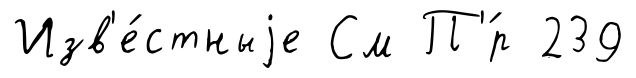
Изв'е́стныjе См П'́р 239